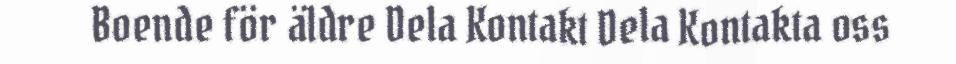
Boende för äldre Dela Kontakt Dela Kontakta oss